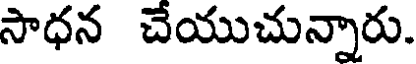
సాధన చేయుచున్నారు.